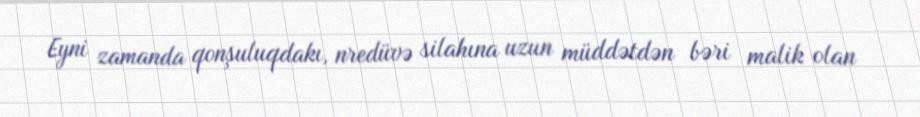
Eyni zamanda qonşuluqdakı, nredüvə silahına uzun müddətdən bəri malik olan